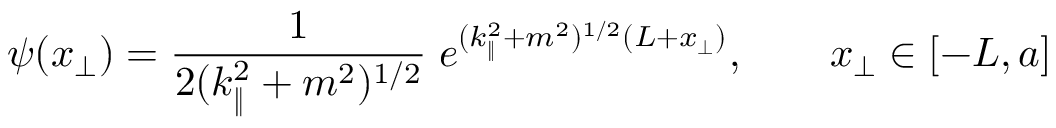
\psi ( x _ { \bot } ) = \frac { 1 } { 2 ( k _ { \| } ^ { 2 } + m ^ { 2 } ) ^ { 1 / 2 } } \; e ^ { ( k _ { \| } ^ { 2 } + m ^ { 2 } ) ^ { 1 / 2 } ( L + x _ { \bot } ) } , \qquad x _ { \bot } \in [ - L , a ]